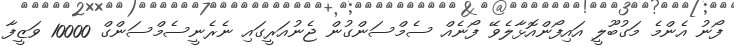
ފޯނު އެންމެ މަގުބޫލީ އައިފޯންއޮޅާލެވޭ ފޯނެއް ސެމްސަންގުން ޖެނުއަރީގައި ނެރެނީސެމްސަންގް 10000 ވަޒީފާ